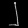
Digit: ၂